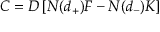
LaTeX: C = D \left[ N ( d _ { + } ) F - N ( d _ { - } ) K \right]